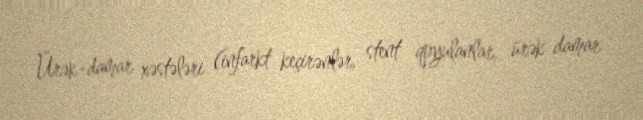
Ürək-damar xəstələri (infarkt keçirənlər, stent qoyulanlar, ürək damar